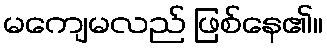
မကျေမလည် ဖြစ်နေ၏။